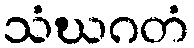
သံဃဂတံ